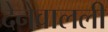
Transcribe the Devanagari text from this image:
देनेवालली